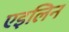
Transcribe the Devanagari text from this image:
एइलिन